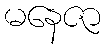
မနေဇာ